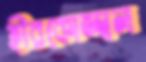
হীরকোজ্জ্বল